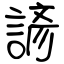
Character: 諺